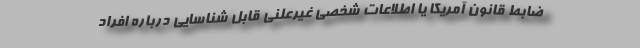
ضابط قانون آمریکا یا اطلاعات شخصی غیرعلنی قابل شناسایی درباره افراد